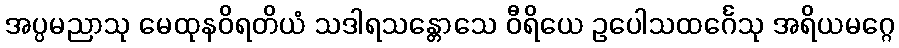
အပ္ပမညာသု မေထုနဝိရတိယံ သဒါရသန္တောသေ ဝီရိယေ ဥပေါသထင်္ဂေသု အရိယမဂ္ဂေ